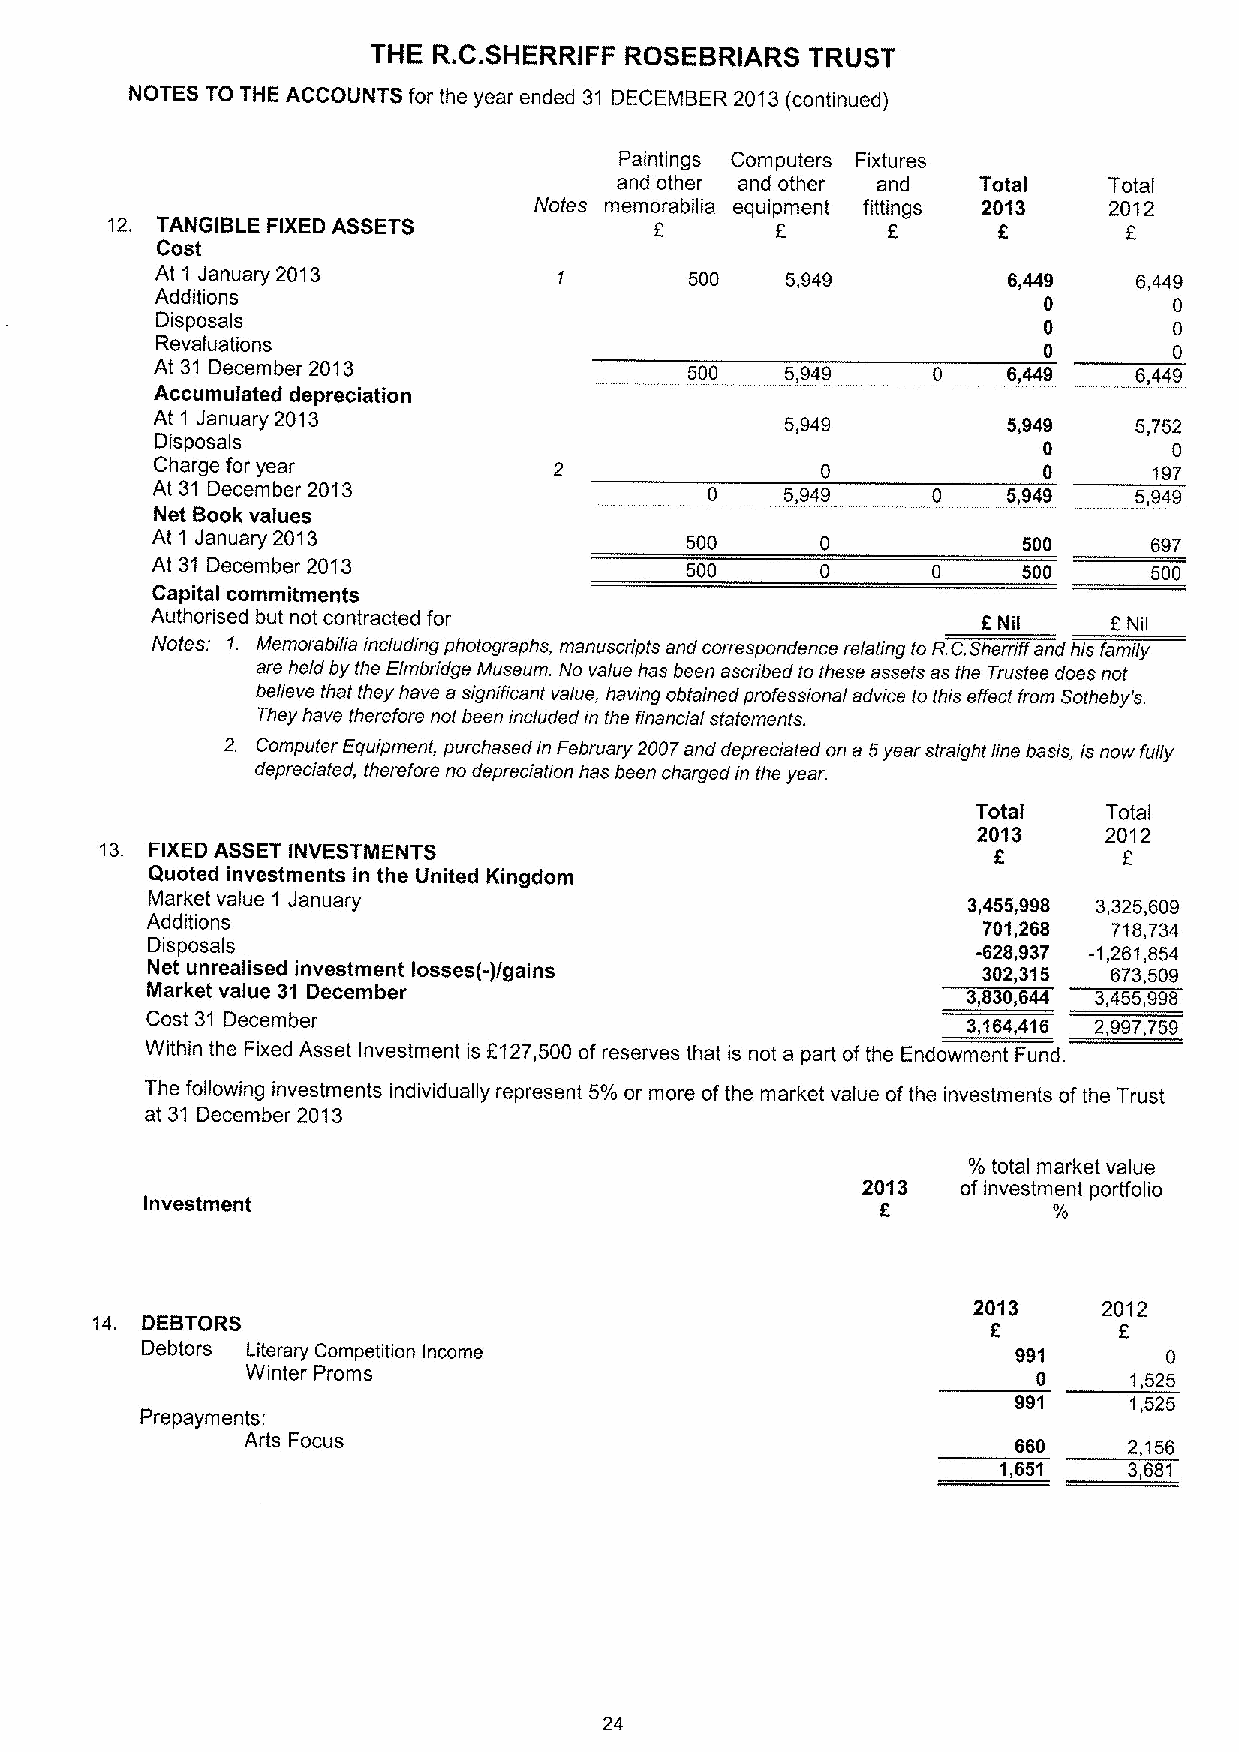
THE R.C.SHERRIFF ROSEBRIARS  TRUST
 NOTES TO THE ACCOUNTS for the year ended 31 DECEMBER 2013(continued)
 Paintings Computers Fixtures
 and other and other and Total   Total
 Notes memorabilia equipment fittings 2013 2012
 12. TANGIBLE FIXEDASSETS
 E
 f       f
 5
 Cost
 At 1 January 2013          1        500   5,949          6,449   6,449
 Additions
 0        0
 Disposals
 0        0
 Revaluations
 0        0
 At 31 December 2013                 500   5,949     0    6,449   6,449
 Accumulated depreciation
 At 1 January 2013                         5,949          5,949   5,752
 Disposals
 0        0
 Charge for year            2                0              0      197
 At 31 December 2013                  0    5,949     0    5,949   5,949
 Net Book values
 At 1 January 2013                  500      0             500     697
 At 31 December 2013                500      0       0     500     500
 Capital commitments
 Authorised but not contracted for                      6Nil    ENil
 Notes: 1. Memorabilia including photographs, manuscripts and correspondence re/sling lo R.C,Sherriff and his family
 are held by the Elmbridge Museum. No value has been ascribed lo these assets as the Trustee does nol
 believe thai they have a significanl value, having obtained professional advice to this effect from Solheby's.
 They have therefore nol been included rn the financial statements.
 2. Computer Equipment, purchasedin February 2007and depreciated on a 5year straight line basis, is now fully
 depreciated, therefore no depreciation has been chargedin the year.
 Total   Total
 2013    2012
 13. FIXEDASSET INVESTMENTS                                 6
 Quoted investments in the United Kingdom
 Market value 1 January                                3,455,998 3,325,609
 Additions                                              701,268  718,734
 Dieposals                                              -628,937 1,261,854
 Net unrealised investment losses(-)/gains              302,315 673,509
 Market value 31 December
 3,830,644 3,455,998
 Cost 31 December                                      3,164,416 2,997,759
 Within the Fixed Asset Investment is E127,500 of reserves that is not a part ofthe Endowment Fund.
 The following investments individually represent 5%or more ofthe market value ofthe investments ofthe Trust
 at 31 December 2013
 %total market value
 2013   ofinvestment porffolio
 Investment                                      6
 2013     2012
 14. DEBTORS
 6       5
 Debtors Literary Competition Income                       991       0
 Winter Proms                                         0     1,525
 991     1,525
 Prepayments:
 Arts Focus                                         660     2,156
 1,651    3,681
 24